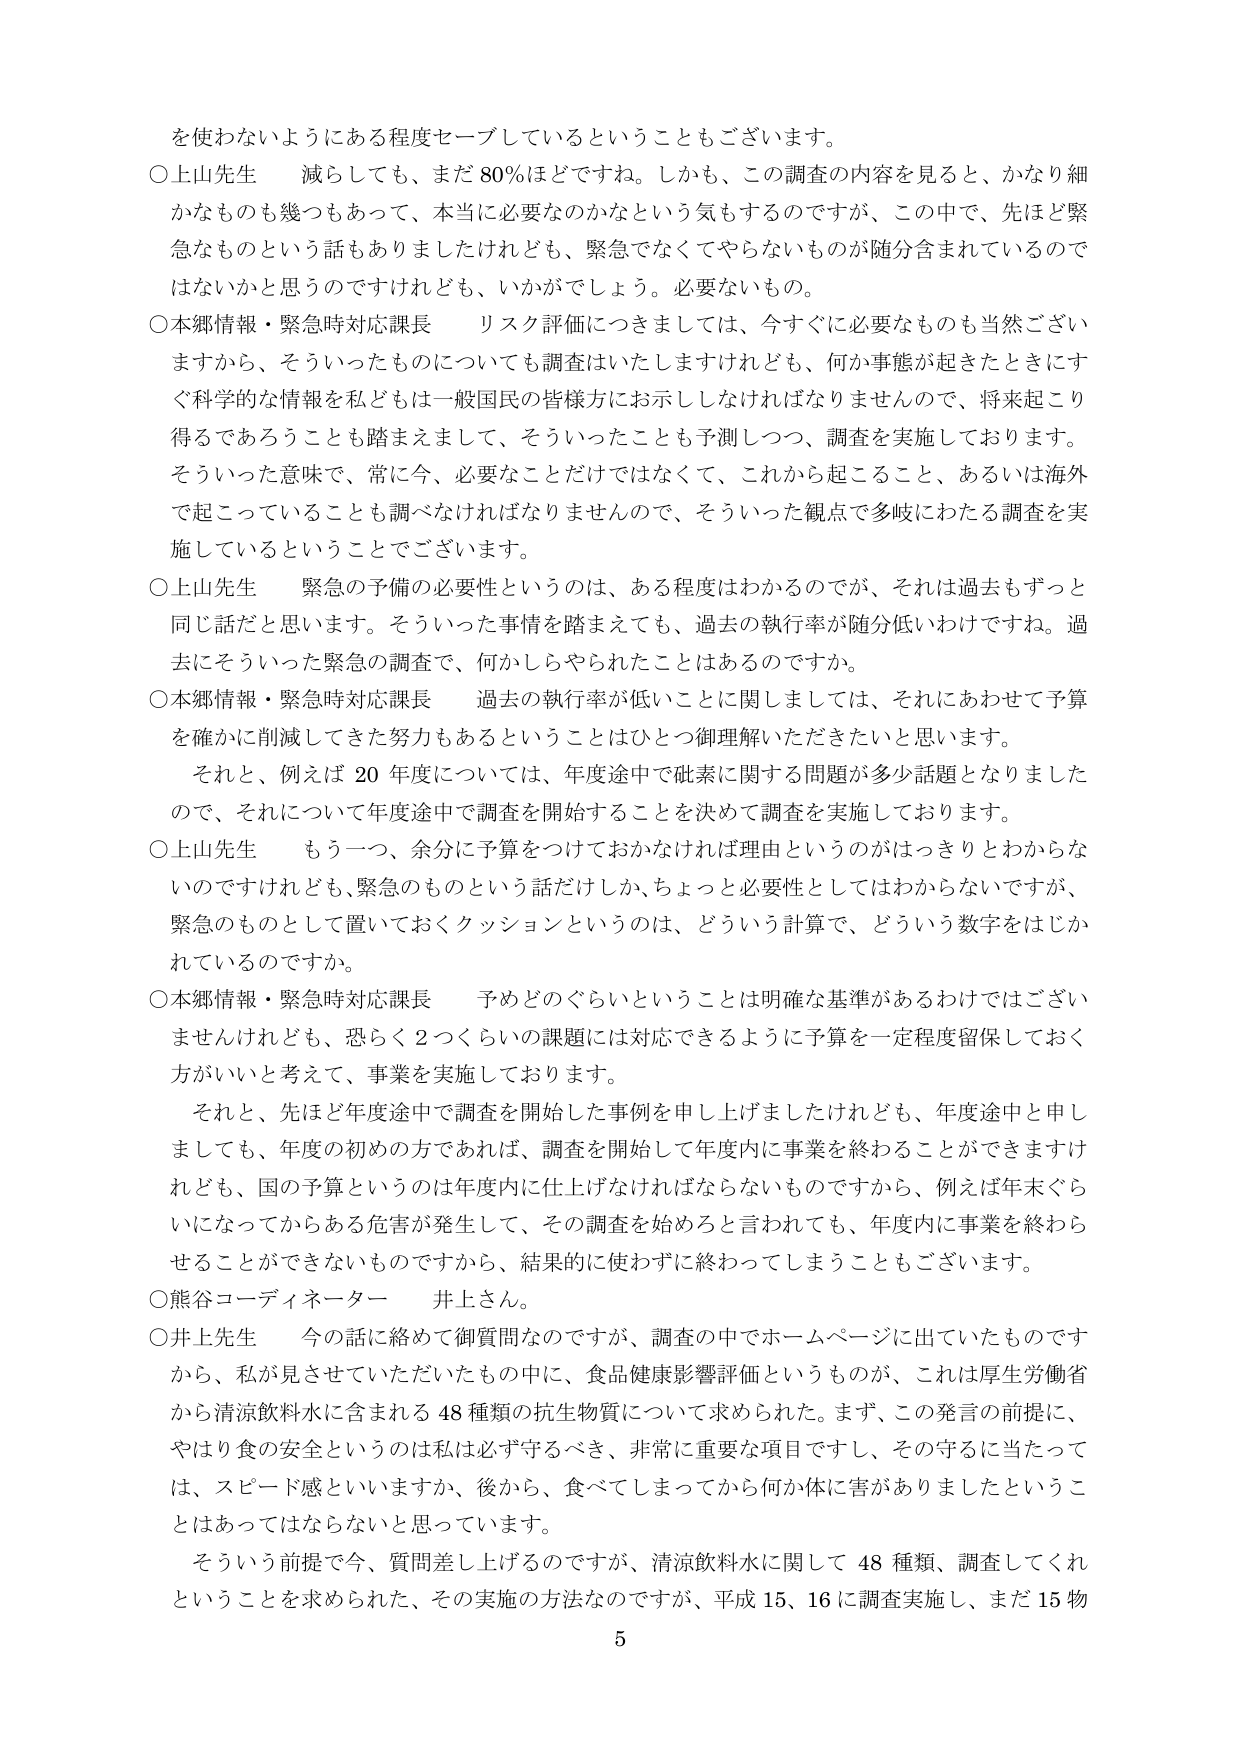
を使わないようにある程度セーブしているということもございます。

○上山先生　減らしても、まだ80％ほどですね。しかも、この調査の内容を見ると、かなり細かなものも幾つもあって、本当に必要なのかなという気もするのですが、この中で、先ほど緊急なものという話もありましたけれども、緊急でなくてやらないものが随分含まれているのではないかと思うのですけれども、いかがでしょう。必要ないもの。

○本郷情報・緊急時対応課長　リスク評価につきましては、今すぐに必要なものも当然ございますから、そういったものについても調査はいたしますけれども、何か事態が起きたときにすぐ科学的な情報を私どもは一般国民の皆様方にお示ししなければなりませんので、将来起こり得るであろうことも踏まえまして、そういったことも予測しつつ、調査を実施しております。そういった意味で、常に今、必要なことだけではなくて、これから起こること、あるいは海外で起こっていることも調べなければならないませんので、そういった観点で多岐にわたる調査を実施しているということでございます。

○上山先生　緊急の予備の必要性というのは、ある程度はわかるのですが、それは過去もずっと同じ話だと思います。そういった事情を踏まえても、過去の執行率が随分低いわけです。過去にそういった緊急の調査で、何かしらやられたことはあるのですか。

○本郷情報・緊急時対応課長　過去の執行率が低いことに関しては、それにあわせて予算を確かに削減してきた努力もあるということはひとつ御理解いただきたいと思います。それと、例えば20年度については、年度途中で砒素に関する問題が多少話題となりましたので、それについて年度途中で調査を開始することを決めて調査を実施しております。

○上山先生　もう一つ、余分に予算をつけておかなければ理由というのがはっきりとわからないのですけれども、緊急のものという話だけしか、ちょっと必要性としてはわからないですが、緊急のものとして置いておくクッションというのは、どういう計算で、どういう数字をはじかれているのですか。

○本郷情報・緊急時対応課長　予めどのぐらいということは明確な基準があるわけではございませんけれども、恐らく2つくらいの課題には対応できるように予算を一定程度留保しておく方がいいと考えて、事業を実施しております。それと、先ほど年度途中で調査を開始した事例を申し上げましたけれども、年度途中と申しましても、年度の初めの方であれば、調査を開始して年度内に事業を終わらせることができますけれども、国の予算というのは年度内に仕上げなければならないものですから、例えば年末ぐらいになってからある危害が発生して、その調査を始めろと言われても、年度内に事業を終わらせることができないものですから、結果的に使わずに終わってしまうこともあります。

○熊谷コーディネーター　井上さん。

○井上先生　今の話に絡めて御質問なのですが、調査の中でホームページに出ていたものですから、私を見させていただいたものの中に、食品健康影響評価というものが、これは厚生労働省から清涼飲料水に含まれる48種類の抗生物質について求められた。まず、この発言の前提に、やはり食の安全というのは私は必ず守るべき、非常に重要な項目ですし、その守るに当たっては、スピード感といいますか、後から、食べてしまってから何か体に害がありましたということはあってはならないと思っています。

そういう前提で今、質問差し上げるのですが、清涼飲料水に関して48種類、調査してくれということを求められた、その実施の方法なのですが、平成15、16に調査実施し、まだ15物

5